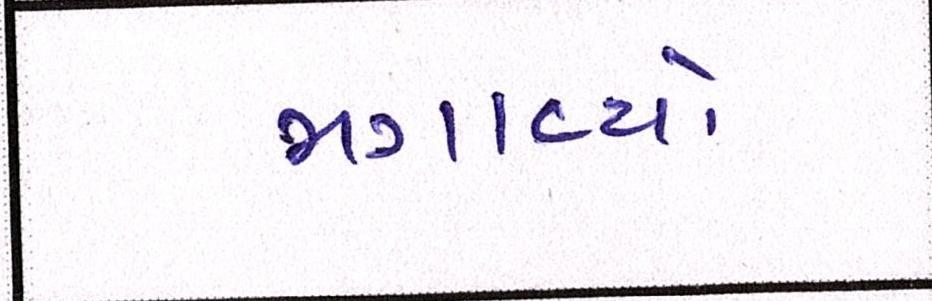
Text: મગાવ્યો